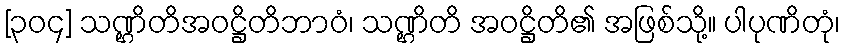
[၃၀၄] သဏ္ဌိတိအဝဋ္ဌိတိဘာဝံ၊ သဏ္ဌိတိ အဝဋ္ဌိတိ၏ အဖြစ်သို့။ ပါပုဏိတုံ၊